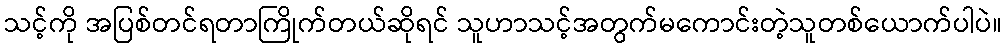
သင့်ကို အပြစ်တင်ရတာကြိုက်တယ်ဆိုရင် သူဟာသင့်အတွက်မကောင်းတဲ့သူတစ်ယောက်ပါပဲ။